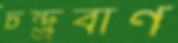
চন্দ্র্রবাণ